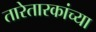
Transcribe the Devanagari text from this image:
तारेतारकांच्या